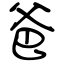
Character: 爸